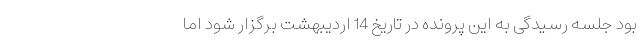
بود جلسه رسیدگی به این پرونده در تاریخ 14 اردیبهشت برگزار شود اما